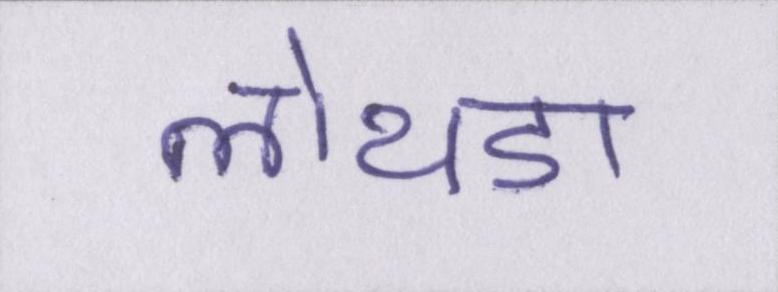
लोथडा